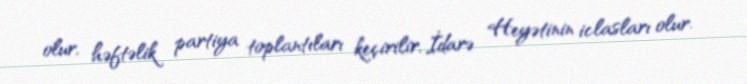
olur, həftəlik partiya toplantıları keçirilir, İdarə Heyətinin iclasları olur.